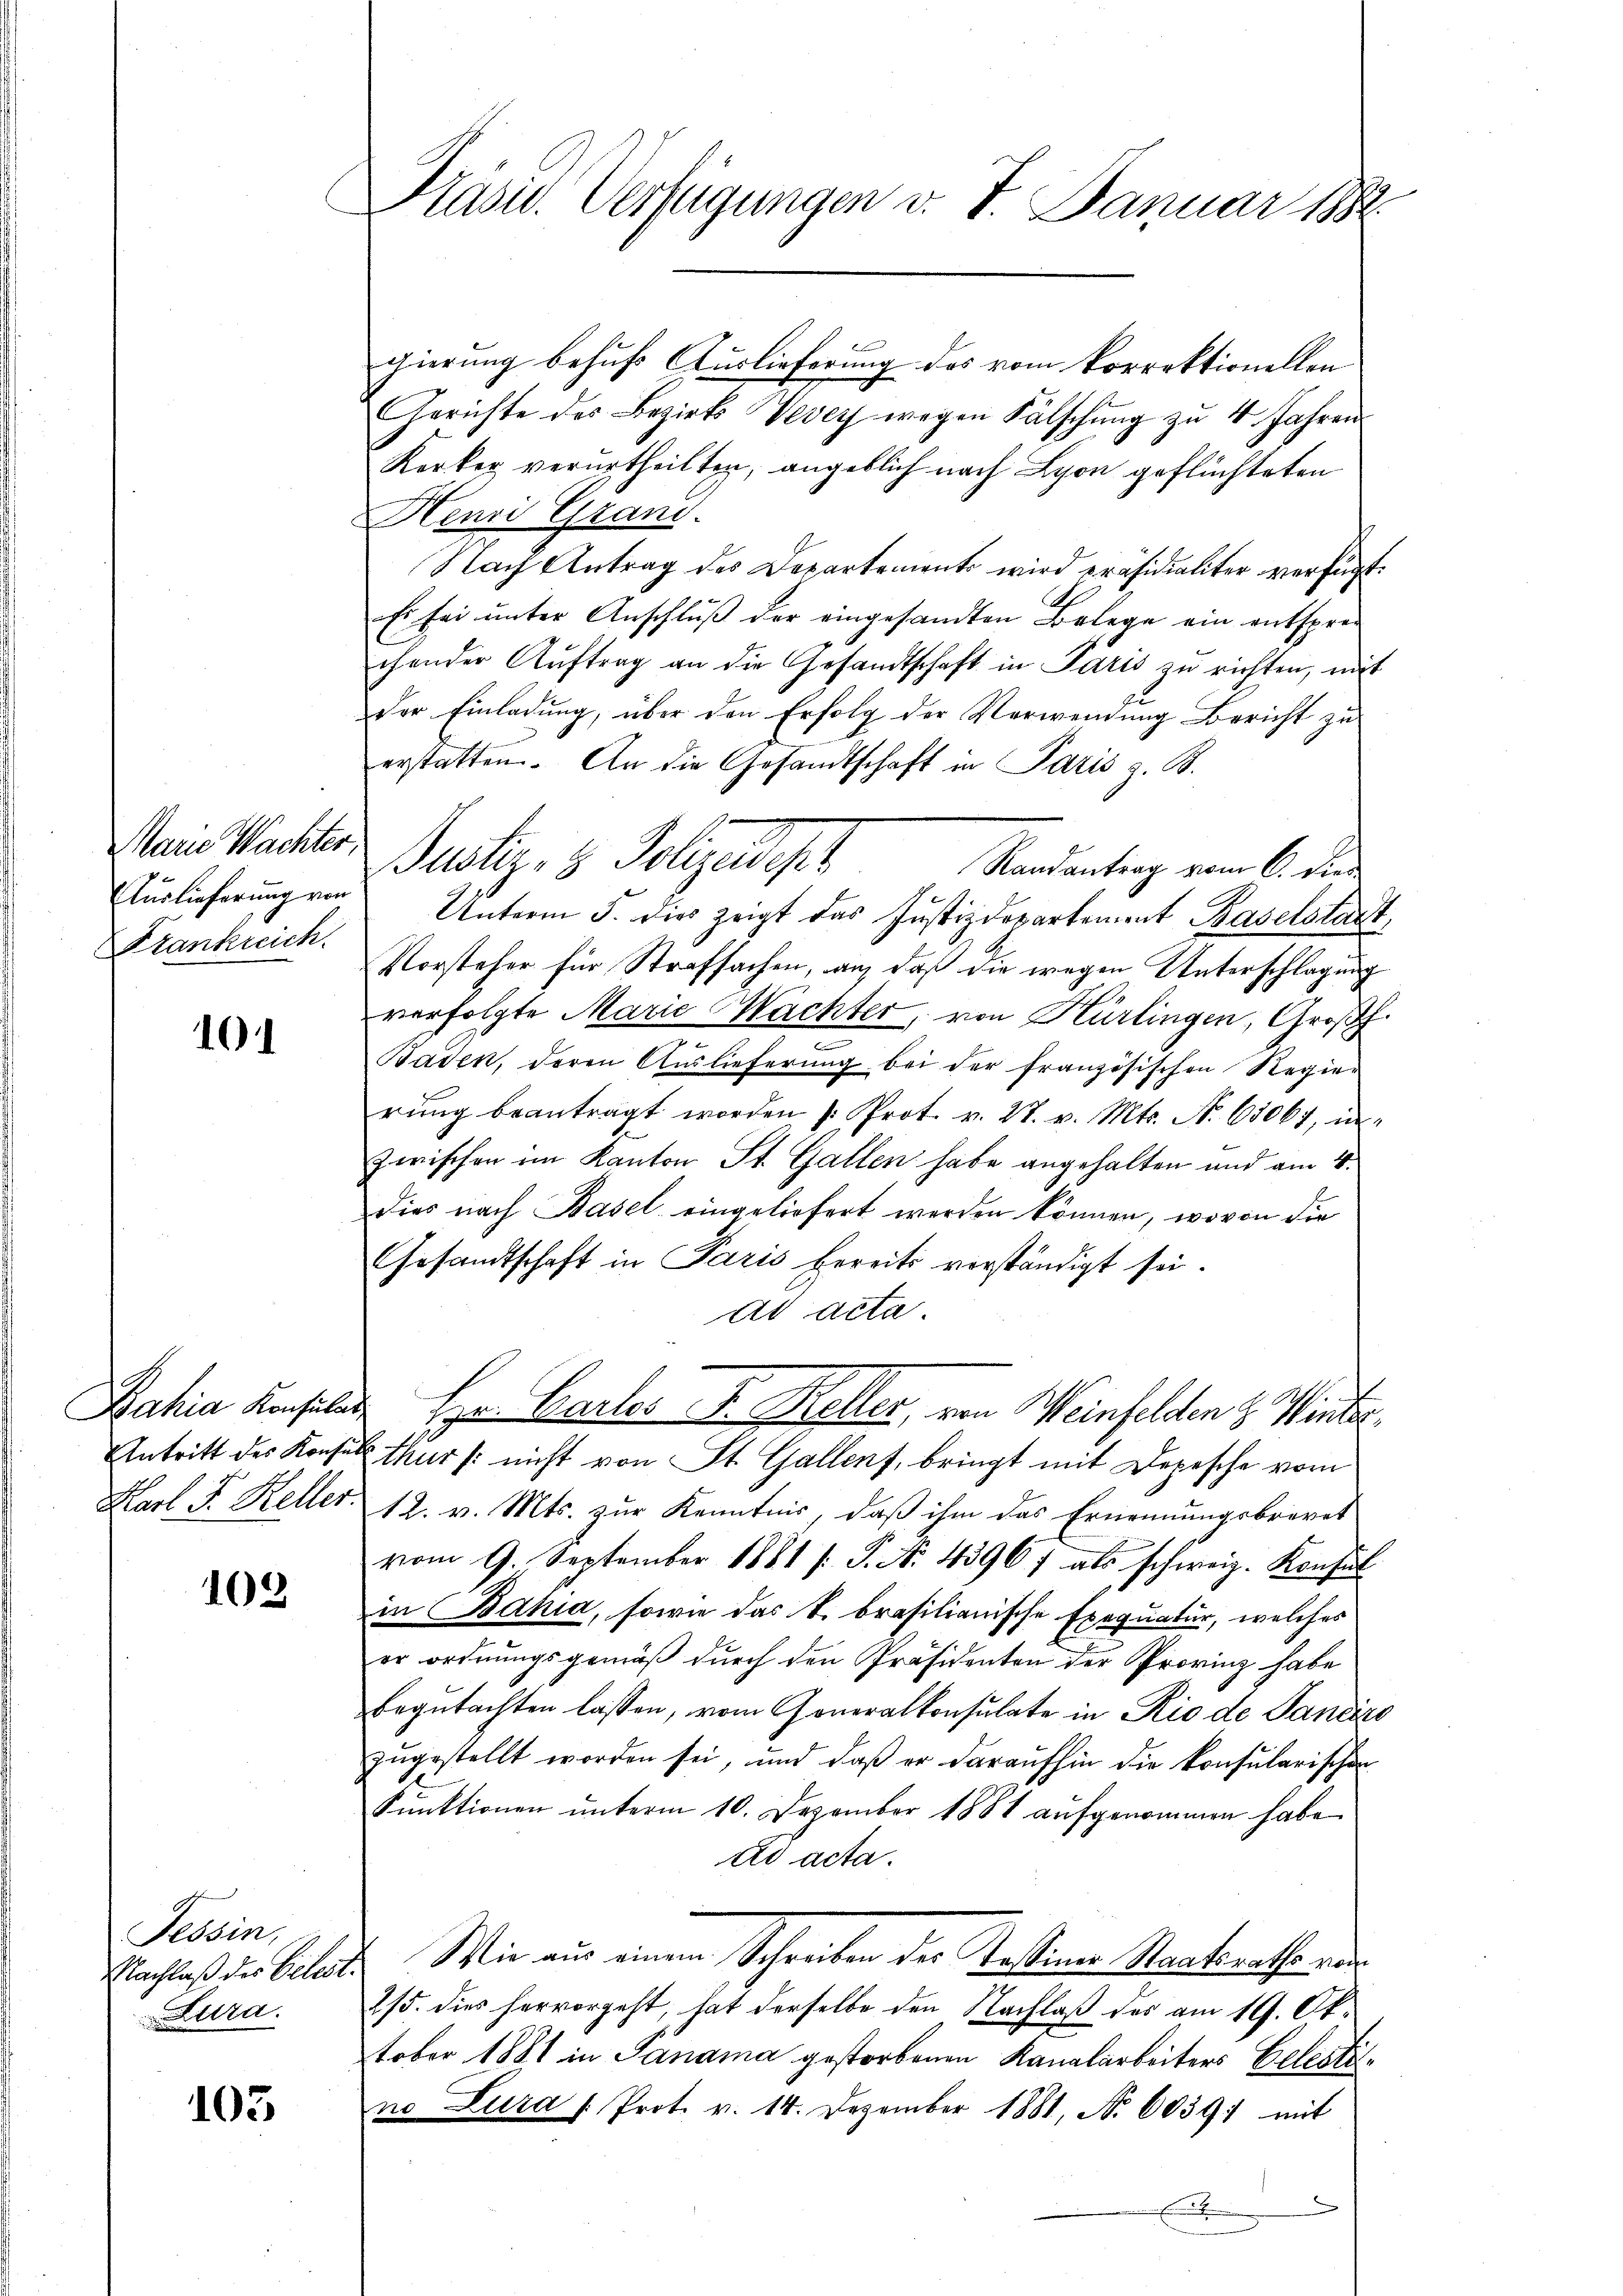
Marie Wachter,
Auslieferung von
Frankreich.

101

102

Tessin,
Lura.

103

Kasiv. Verfügungen v. 7. Januar 1882.

gierung behufs Auslieferung des vom korrektionellen
Gerichte des Bezirk Vevey wegen Fälschŭng zŭ 4 Jahren
Kerker verurtheilten, angeblich nach Lyon geflüchteten
Henri Grand.
Nach Antrag des Departements wird präsidialiter verfügt:
Es sei unter Anschluß der eingesandten Belege ein entsprechender Auftrag an die Gesandtschaft in Paris zu richten, mit
22
der Einladung, über den Erfolg der Verwendung Bericht zu
erstatten. An die Gesandtschaft in Paris z. B.
Justiz- & Polizeidiget
Randantrag vom 6. die
Unterm 5. dies zeigt das Justizdepartement Baselstadt,
Vorsteher für Strafsachen, an, daß die wegen Unterschlagung
verfolgte Marie Mächter, von Hürlingen, Großh.
Baden, deren Auslieferung bei der französischen Regier
rŭng beantragt worden 1. Prot. v. 27. v. Mts. No. 65061, in
zwischen im Kanton St. Gallen habe angehalten und am 4.
dies nach Basel eingeliefert werden können, wovon die
Gesandtschaft in Paris bereits vorständigt sei.
ad acta.
n
Bahia Konsuls Hr. Carlos F. Koller, von Meinfelden z. Winter¬
Antritt des Konsul thur /: nicht von St. Gallens, bringt mit Depesche vom
Karl F. Keller, 12. v. Mts. zur Kenntnis, daß ihm das Ernennungsbrevet
vom 9. September 1881 /: P. N. 13967 als schweiz. Konsul
in Bahia, sowie das T. brasilianische Exequatur, welches
er ordnungsgemäß durch den Präsidenten der Provinz habe
begutachten lassen, vom Generalkonsulate in Rio de Landire
zŭgestellt worden sei, und daß er daraufhin die konsularischen
Funktionen unterm 10. Dezember 1881 aufgenommen habe
ad acta.
Nachlaß der Citat. Wie aus einem Schreiben der Testiner Staatsrathe vor
2/5. dies hervorgeht, hat derselbe den Nachlaß des am 19. Oktober 1881 in Panama gestorbenen Kanalarbeiters Eelestino Lura /: Prot. v. 14. Dezember 1881, No 6039: mit
E